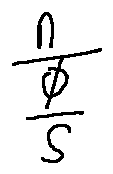
\frac { n } { \frac { \phi } { s } }